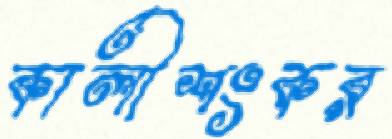
কালীশংকর